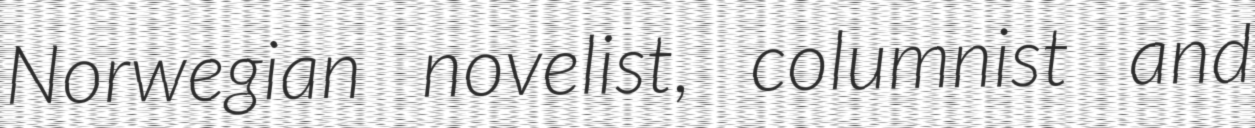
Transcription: Norwegian novelist, columnist and